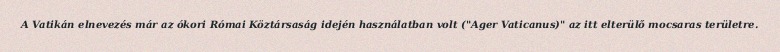
A Vatikán elnevezés már az ókori Római Köztársaság idején használatban volt ("Ager Vaticanus)" az itt elterülő mocsaras területre.